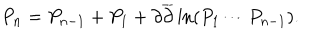
LaTeX: P _ { n } = P _ { n - 1 } + P _ { 1 } + \partial \overline { { { \partial } } } \ln ( P _ { 1 } \cdots P _ { n - 1 } ) .